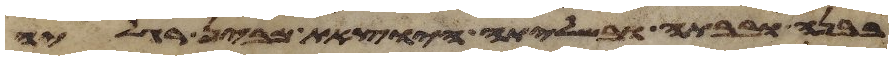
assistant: בבנה ובבתה ובשלתה היצאת מבין רגליה